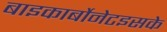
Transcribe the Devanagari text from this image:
बाइकार्बोनेटइसके